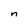
Character: n